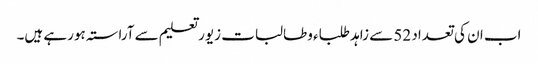
اب ان کی تعداد 52 سے زاہد طلباء وطالبات زیور تعلیم سے آراستہ ہورہے ہیں۔